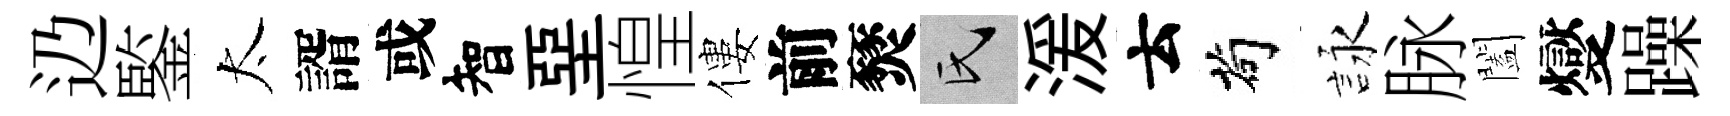
辸鍳太諝或智堊惶僂前燹氏湲云茍詠脉闔燮躁